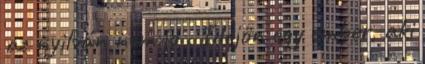
az nyilván nem jó . Idejön egy ember, aki